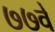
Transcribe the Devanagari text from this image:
७७वे